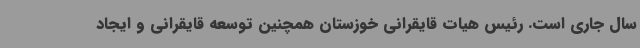
سال جاری است. رئیس هیات قایقرانی خوزستان همچنین توسعه قایقرانی و ایجاد